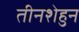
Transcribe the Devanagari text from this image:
तीनशेहुन